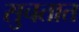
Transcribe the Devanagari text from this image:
सुचतात